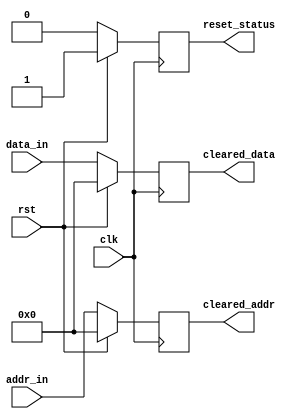
module synchronous_reset_detector (
    input wire clk,                // Clock signal
    input wire rst,                // Reset signal
    input wire [7:0] data_in,      // Memory block data input (example width of 8 bits)
    input wire [7:0] addr_in,      // Memory block address input (example width of 8 bits)
    output reg reset_status,        // Reset status signal
    output reg [7:0] cleared_data,  // Cleared data output
    output reg [7:0] cleared_addr   // Cleared address output
);

// Synchronous reset logic
always @(posedge clk) begin
    if (rst) begin
        reset_status <= 1'b1;      // Set reset status to active
        cleared_data <= 8'b0;      // Clear data input to zero
        cleared_addr <= 8'b0;      // Clear address input to zero
    end else begin
        reset_status <= 1'b0;      // Reset status inactive
        cleared_data <= data_in;    // Maintain data input if not in reset
        cleared_addr <= addr_in;     // Maintain address input if not in reset
    end
end

endmodule